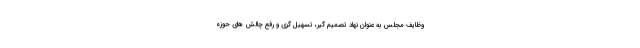
وظایف مجلس به عنوان نهاد تصمیم گیر، تسهیل گری و رفع چالش های حوزه